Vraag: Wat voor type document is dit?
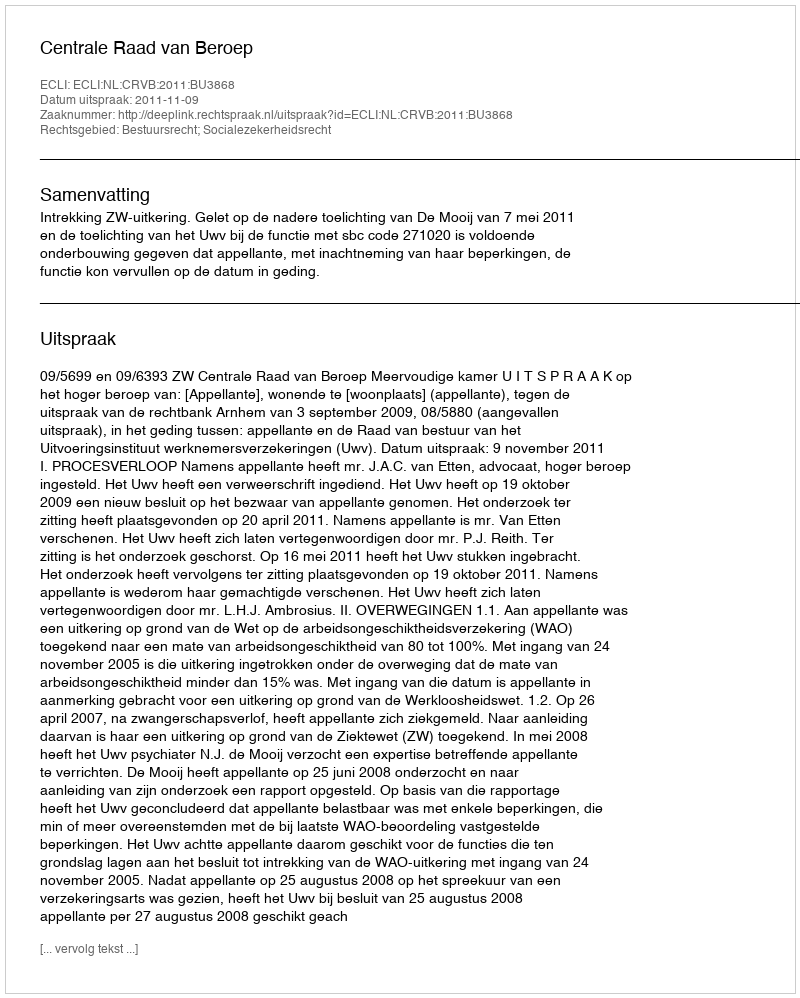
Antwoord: Uitspraak